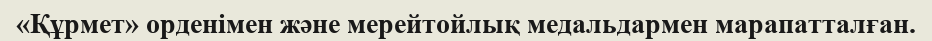
«Құрмет» орденімен және мерейтойлық медальдармен марапатталған.